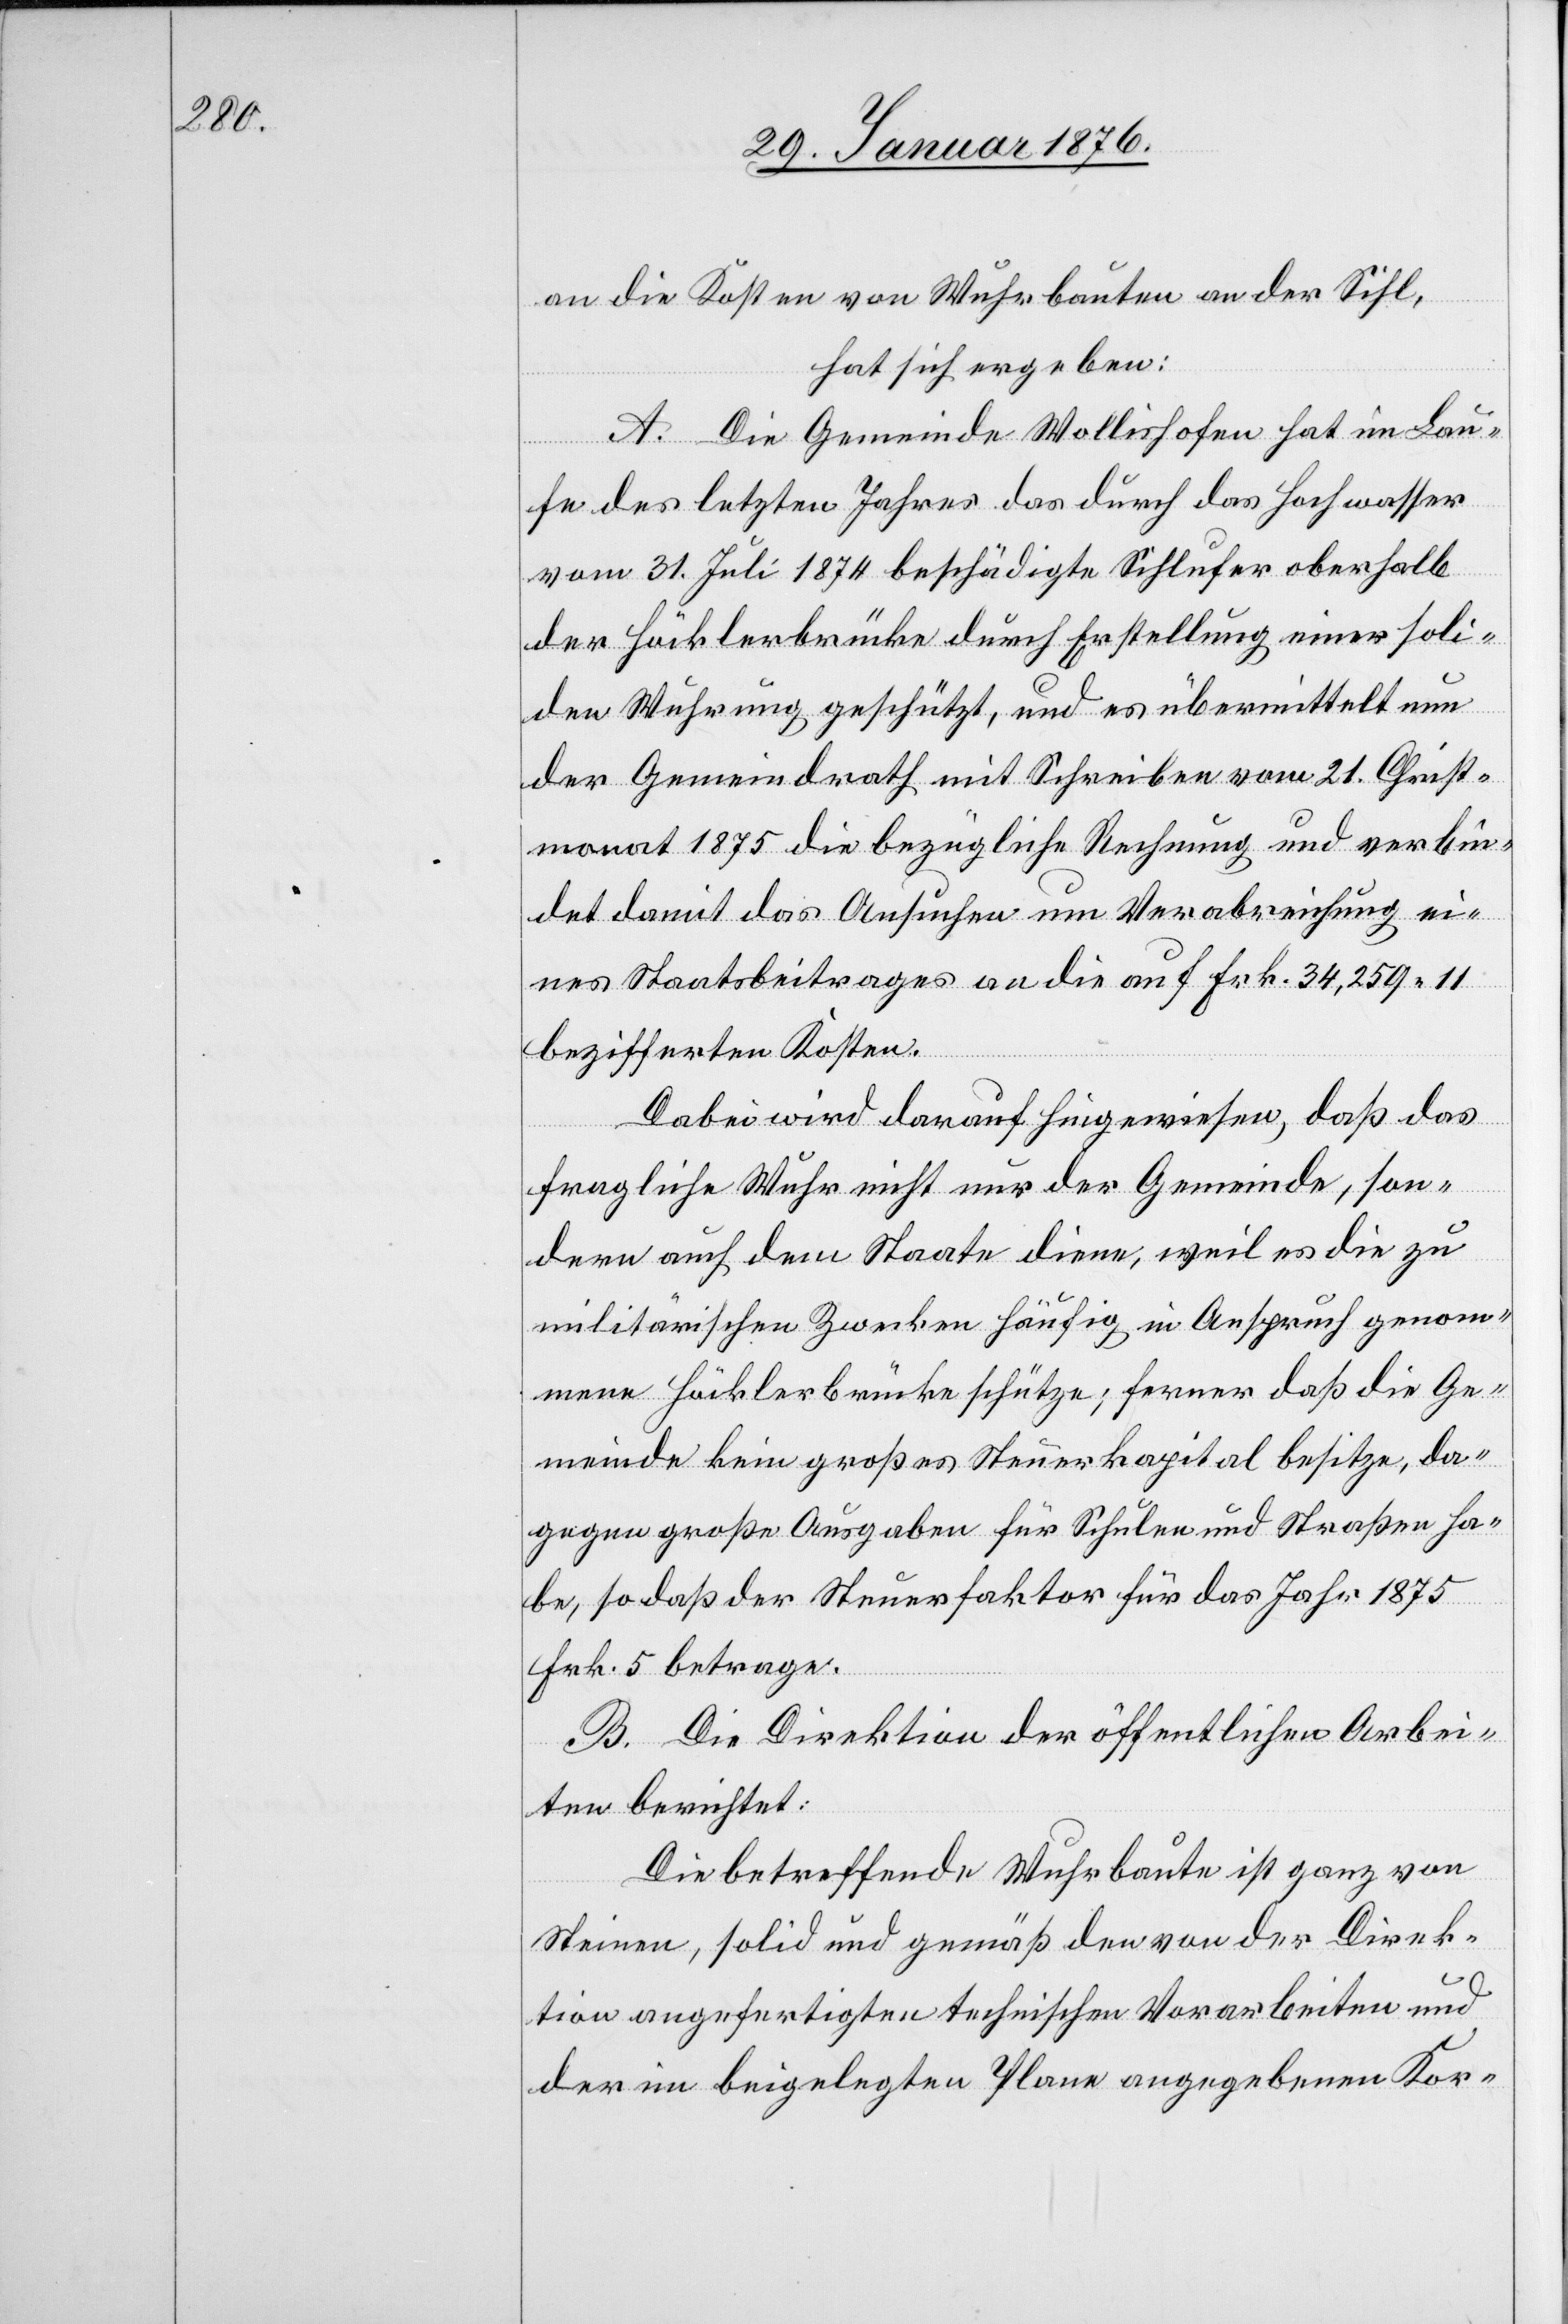
an die Kosten von Wuhrbauten an der Sihl,
hat sich ergeben:
A. Die Gemeinde Wollishofen hat im Lau¬
fe des letzten Jahres das durch das Hochwasser
vom 31. Juli 1874 beschädigte Sihlufer oberhalb
der Höcklerbrücke durch Erstellung einer soli¬
den Wuhrung geschützt, und es übermittelt nun
der Gemeindrath mit Schreiben vom 21. Christ¬
monat 1875 die bezügliche Rechnung und verbin¬
det damit das Ansuchen um Verabreichung ei¬
nes Staatsbeitrags an die auf Frk. 34,259.11
bezifferten Kosten.
Dabei wird darauf hingewiesen, daß das
fragliche Wuhr nicht nur der Gemeinde, son¬
dern auch dem Staate diene, weil es die zu
militärischen Zwecken häufig in Anspruch genom¬
mene Höcklerbrücke schütze; ferner daß die Ge¬
meinde kein großes Steuerkapital besitze, da¬
gegen große Ausgaben für Schulen und Straßen ha¬
be, so daß der Steuerfaktor für das Jahr 1875
Frk. 5 betrage.
B. Die Direktion der öffentlichen Arbei¬
ten berichtet:
Die betreffende Wuhrbaute ist ganz von
Steinen, solid und gemäß den von der Direk¬
tion angefertigten technischen Vorarbeiten und
der im beigelegten Plane angegebenen Kor-